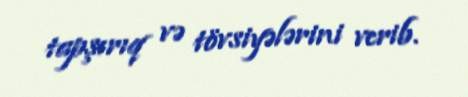
tapşırıq və tövsiyələrini verib.